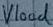
Text: Vload